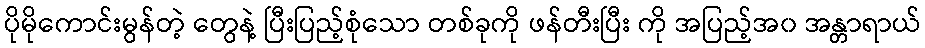
ပိုမိုကောင်းမွန်တဲ့ တွေနဲ့ ပြီးပြည့်စုံသော တစ်ခုကို ဖန်တီးပြီး ကို အပြည့်အ၀ အန္တာရာယ်